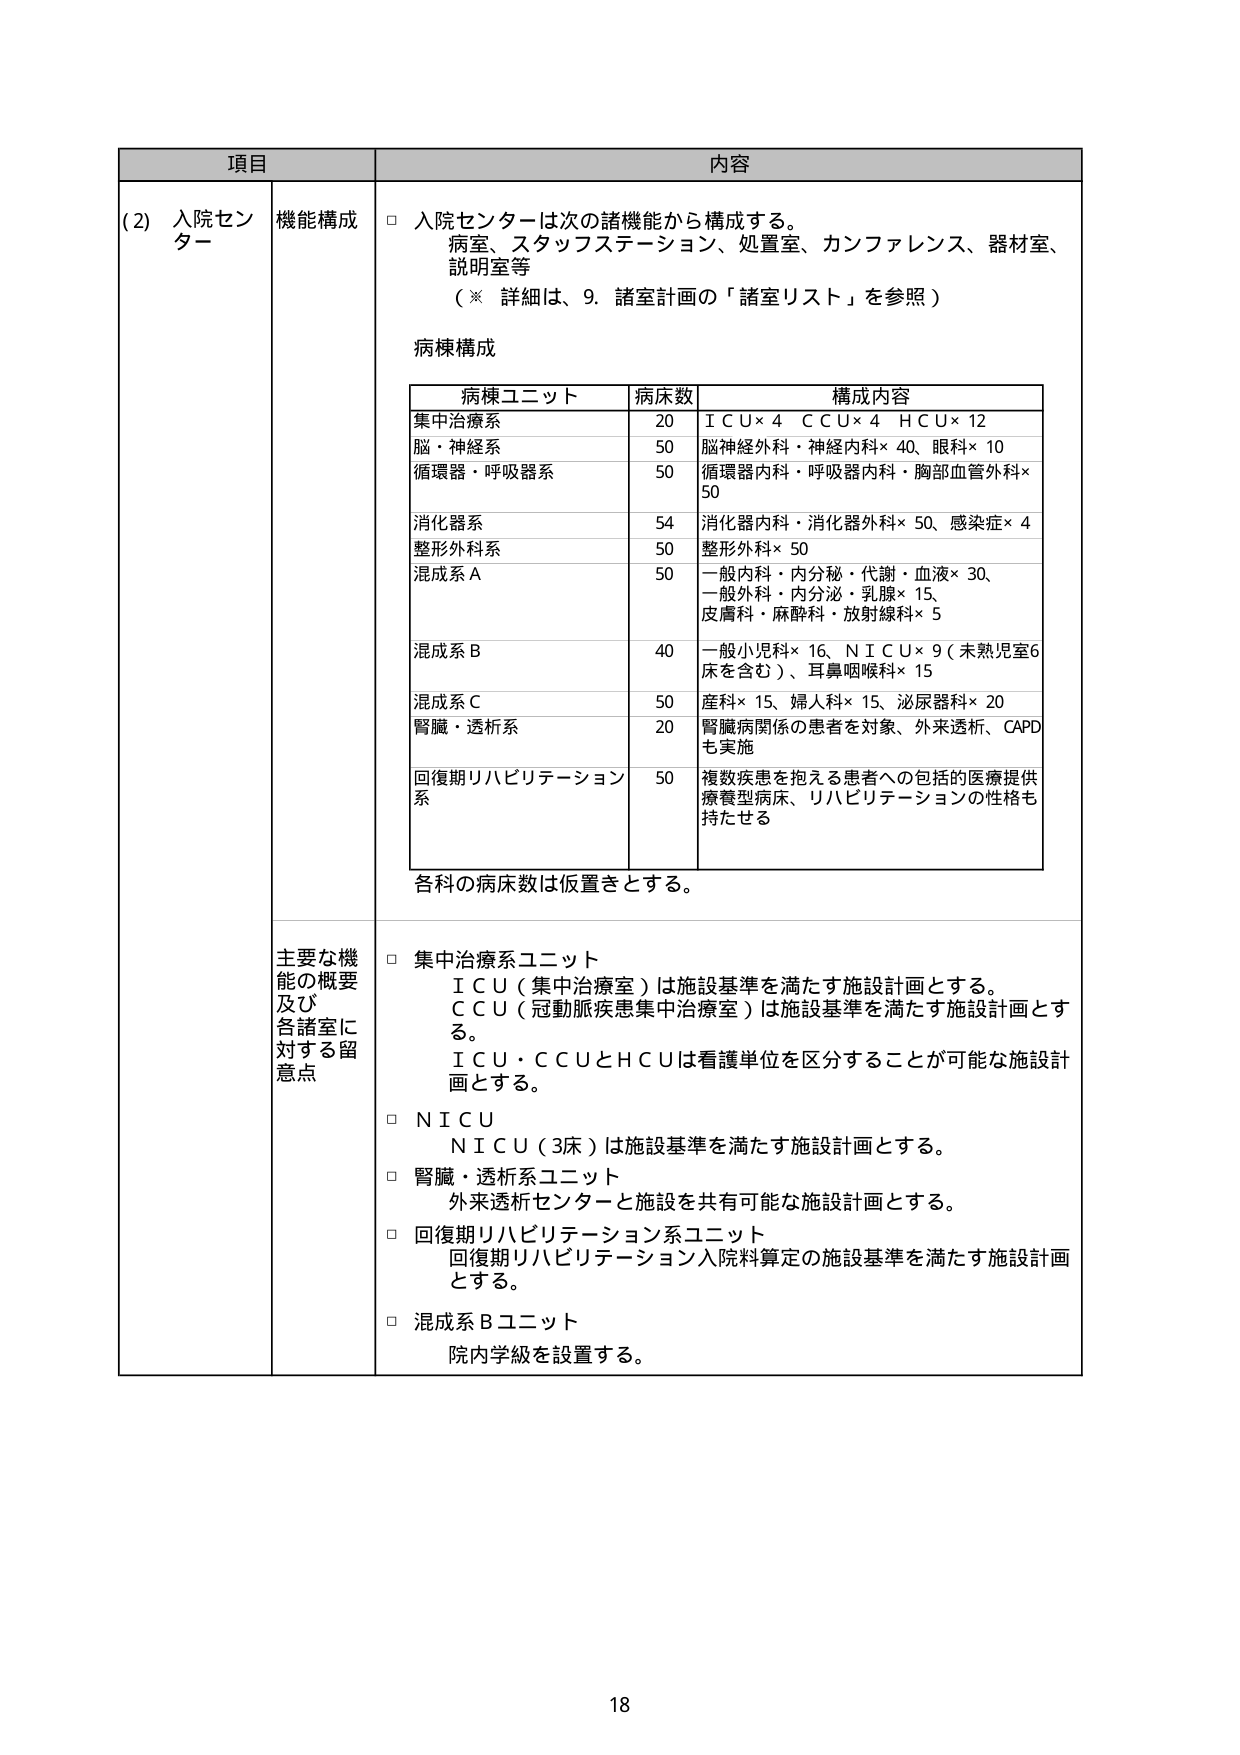
項目 内容
(2) 入院センター 機能構成 □ 入院センターは次の諸機能から構成する。
病室、スタッフステーション、処置室、カンファレンス、器材室、
説明室等
（※ 詳細は、9. 諸室計画の「諸室リスト」を参照）
病棟構成
病棟ユニット 病床数 構成内容
集中治療系 20 ＩＣＵ×4 ＣＣＵ×4 ＨＣＵ×12
脳・神経系 50 脳神経外科・神経内科×40、眼科×10
循環器・呼吸器系 50 循環器内科・呼吸器内科・胸部血管外科×
50
消化器系 54 消化器内科・消化器外科×50、感染症×4
整形外科系 50 整形外科×50
混成系Ａ 50 一般内科・内分泌・代謝・血液×30、
一般外科・内分泌・乳腺×15、
皮膚科・麻酔科・放射線科×5
混成系Ｂ 40 一般小児科×16、ＮＩＣＵ×9（未熟児室6
床を含む）、耳鼻咽喉科×15
混成系Ｃ 50 産科×15、婦人科×15、泌尿器科×20
腎臓・透析系 20 腎臓病関係の患者を対象、外来透析、CAPD
も実施
回復期リハビリテーション 50 複数疾患を抱える患者への包括的医療提供
系 療養型病床、リハビリテーションの性格も
持たせる
各科の病床数は仮置きとする。
主要な機能の概要及び各諸室に対する留意点 □ 集中治療系ユニット
ＩＣＵ（集中治療室）は施設基準を満たす施設計画とする。
ＣＣＵ（冠動脈疾患集中治療室）は施設基準を満たす施設計画とす
る。
ＩＣＵ・ＣＣＵとＨＣＵは看護単位を区分することが可能な施設計
画とする。
□ ＮＩＣＵ
ＮＩＣＵ（3床）は施設基準を満たす施設計画とする。
□ 腎臓・透析系ユニット
外来透析センターと施設を共有可能な施設計画とする。
□ 回復期リハビリテーション系ユニット
回復期リハビリテーション入院料算定の施設基準を満たす施設計画
とする。
□ 混成系Ｂユニット
院内学級を設置する。
18